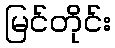
မြင်တိုင်း